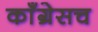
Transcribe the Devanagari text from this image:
काँग्रेसच